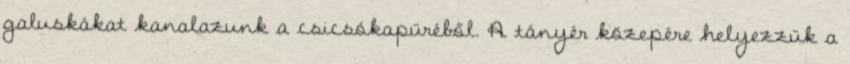
galuskákat kanalazunk a csicsókapüréből. A tányér közepére helyezzük a